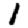
Digit: 1